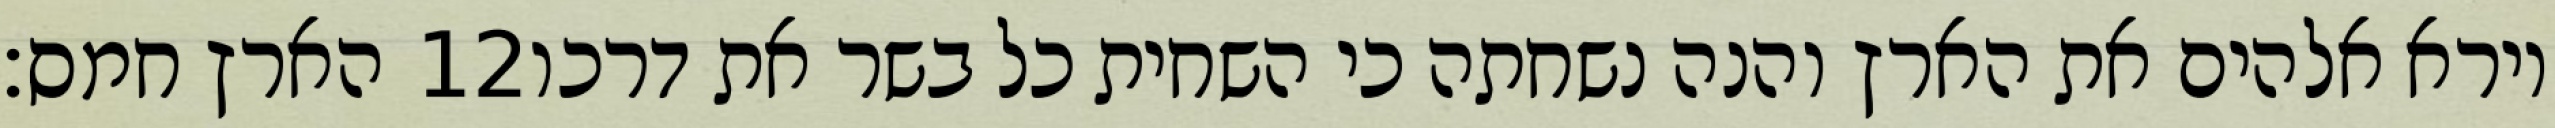
הארץ חמס׃ ‎12‏ וירא אלהים את הארץ והנה נשחתה כי השחית כל בשר את דרכו